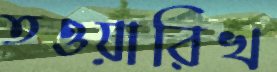
তওয়ারিখ